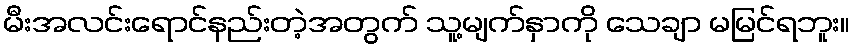
မီးအလင်းရောင်နည်းတဲ့အတွက် သူ့မျက်နှာကို သေချာ မမြင်ရဘူး။